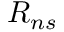
R _ { n s }